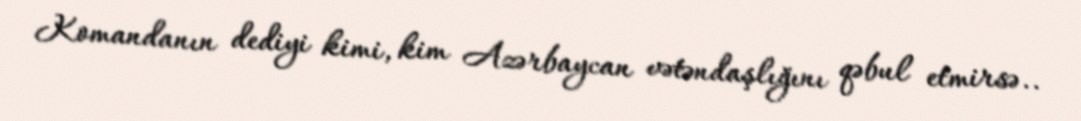
Komandanın dediyi kimi, kim Azərbaycan vətəndaşlığını qəbul etmirsə..